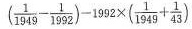
$$( \frac{1}{1 9 4 9} - \frac{1}{1 9 9 2} ) - 1 9 9 2 \times ( \frac{1}{1 9 4 9} + \frac{1}{4 3} )$$